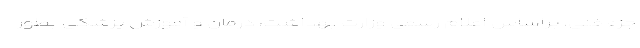
جزء فنی، براساس اعلام رسمی وزارت بهداشت، درمان و آموزش پزشکی بطور